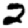
Digit: 2